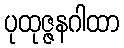
ပုထုဇ္ဇနဂါထာ